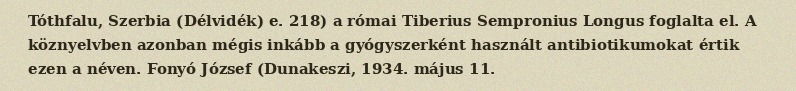
Tóthfalu, Szerbia (Délvidék) e. 218) a római Tiberius Sempronius Longus foglalta el. A köznyelvben azonban mégis inkább a gyógyszerként használt antibiotikumokat értik ezen a néven. Fonyó József (Dunakeszi, 1934. május 11.